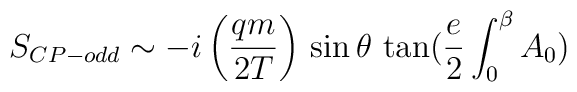
S_{CP-odd}\sim -i \left(\frac{qm}{2T}\right) \,\sin\theta\,\tan(\frac{e}{2}\int_0^\beta A_0)